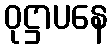
ဝုဋ္ဌာပနေ